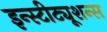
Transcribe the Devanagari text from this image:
इन्स्टीट्यूशन्स